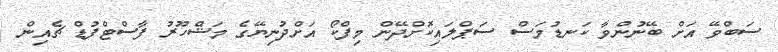
ސަބްވޭ އަށް ބޭނުންވާ ކަނޑުމަސް ސަޕްލައިކޮށްދޭން މިފްްކޯ އަށްދުނިޔޭގެ މަޝްހޫރު ފާސްޓްފުޑް ޗެއިން